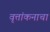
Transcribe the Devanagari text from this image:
वृत्तांकनाचा